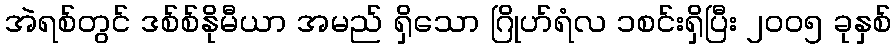
အဲရစ်တွင် ဒစ်စ်နိုမီယာ အမည် ရှိသော ဂြိုဟ်ရံလ ၁စင်းရှိပြီး ၂၀၀၅ ခုနှစ်